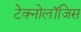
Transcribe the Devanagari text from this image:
टेक्नोलॉजिस